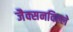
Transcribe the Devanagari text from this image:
जैक्सनविल्ले